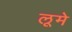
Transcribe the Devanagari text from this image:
लूमे